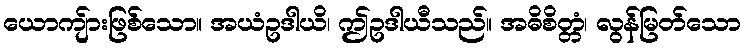
ယောကျ်ားဖြစ်သော။ အယံဥဒါယိ၊ ဤဥဒါယီသည်။ အဓိစိတ္တံ၊ လွန်မြတ်သော